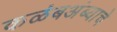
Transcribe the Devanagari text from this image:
कळंबअंब्याचे